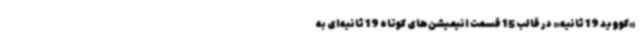
«کووید 19 ثانیه» در قالب 15 قسمت انیمیشن‌های کوتاه 19 ثانیه‌ای به